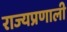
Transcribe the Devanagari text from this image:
राज्यप्रणाली